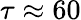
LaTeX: \tau\approx 60